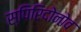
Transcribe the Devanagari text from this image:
स्पिरिदोनोव